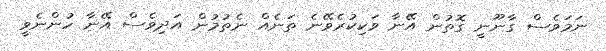
ނަމަވެސް ގާނޫނީ ގޮތުން އޭނާ ވަކިކުރެވޭނެ ތަނެއް ނެތުމުން އަދިވެސް އޭނާ ހުންނެވީ